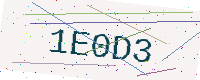
Text: 1E0D3